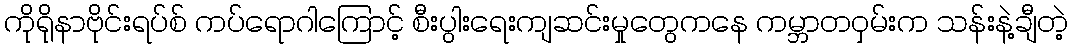
ကိုရိုနာဗိုင်းရပ်စ် ကပ်ရောဂါကြောင့် စီးပွါးရေးကျဆင်းမှုတွေကနေ ကမ္ဘာတဝှမ်းက သန်းနဲ့ချီတဲ့